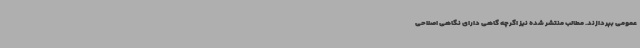
عمومی بپردازند. مطالب منتشر شده نیز اگرچه گاهی دارای نگاهی اصلاحی